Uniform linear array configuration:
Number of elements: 12
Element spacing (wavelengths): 1
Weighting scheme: cosine
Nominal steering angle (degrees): -45
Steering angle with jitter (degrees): -46.01
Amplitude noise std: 0.05
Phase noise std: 0.05

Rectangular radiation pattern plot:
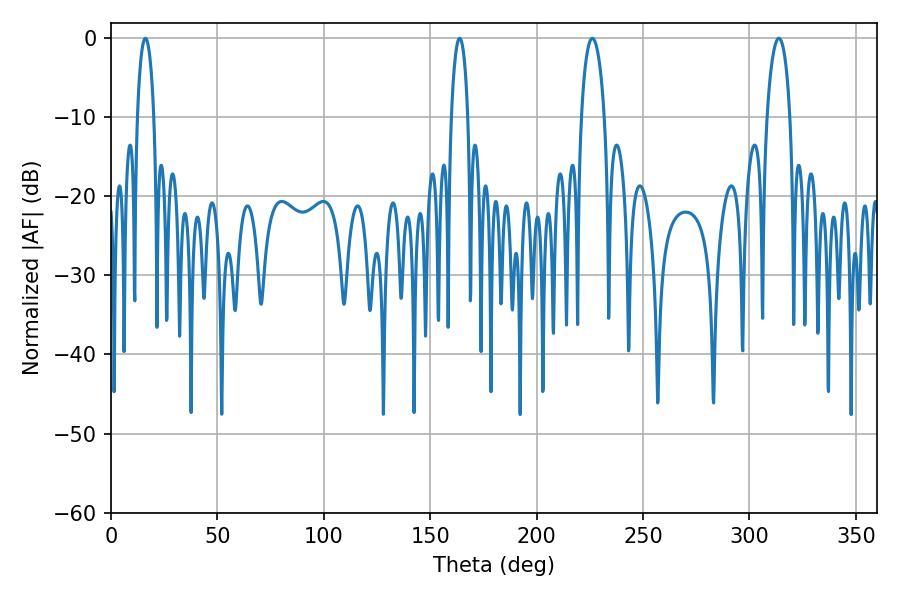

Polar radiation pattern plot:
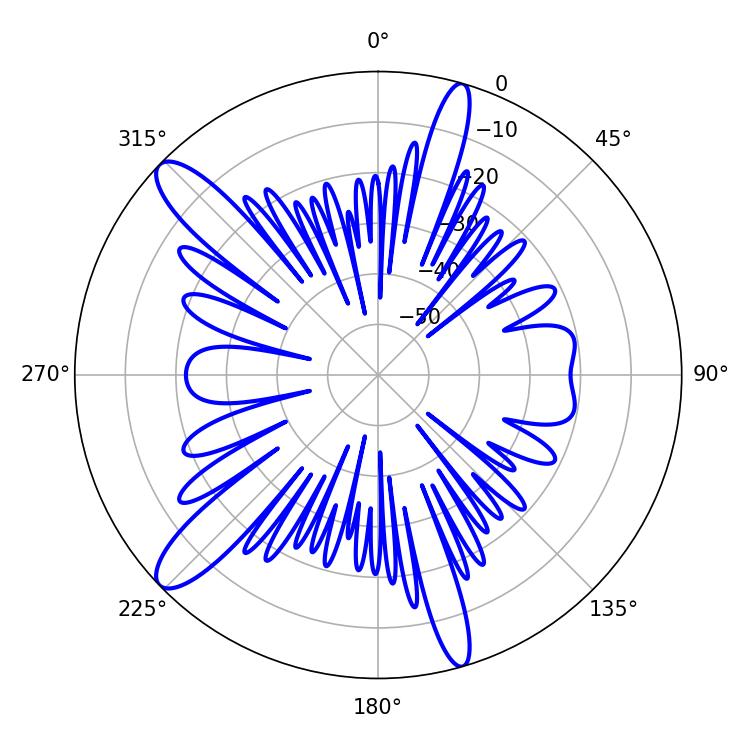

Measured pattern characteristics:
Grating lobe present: TRUE
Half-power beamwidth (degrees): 4.32
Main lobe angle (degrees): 16.2